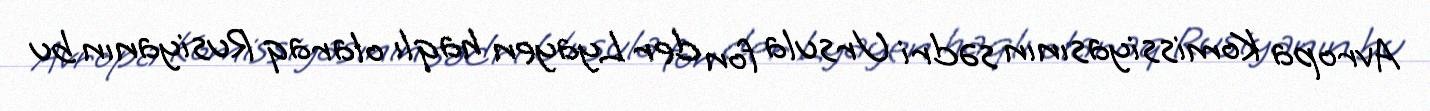
Avropa Komissiyasının sədri Ursula fon der Lyayen haqlı olaraq Rusiyanın bu